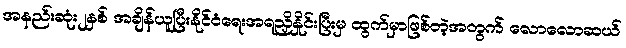
အနည်းဆုံး၂နှစ် အချိန်ယူပြီးနိုင်ငံရေးအရညှိနှိုင်းပြီးမှ ထွက်မှာဖြစ်တဲ့အတွက် လောလောဆယ်